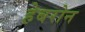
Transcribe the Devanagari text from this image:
हेबरोन